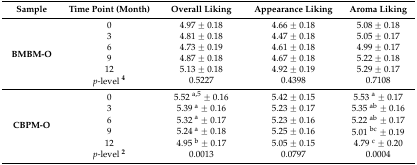
<table><thead><tr><td><b>Sample</b></td><td><b>Time Point (Month)</b></td><td><b>Overall Liking</b></td><td><b>Appearance Liking</b></td><td><b>Aroma Liking</b></td></tr></thead><tbody><tr><td rowspan="6"><b>BMBM-O</b></td><td>0</td><td>4.97 ± 0.18</td><td>4.66 ± 0.18</td><td>5.08 ± 0.18</td></tr><tr><td>3</td><td>4.81 ± 0.18</td><td>4.47 ± 0.18</td><td>5.05 ± 0.17</td></tr><tr><td>6</td><td>4.73 ± 0.19</td><td>4.61 ± 0.18</td><td>4.99 ± 0.17</td></tr><tr><td>9</td><td>4.87 ± 0.18</td><td>4.67 ± 0.18</td><td>5.22 ± 0.18</td></tr><tr><td>12</td><td>5.13 ± 0.18</td><td>4.92 ± 0.19</td><td>5.29 ± 0.17</td></tr><tr><td><i>p</i>-level <b><sup>4</sup></b></td><td>0.5227</td><td>0.4398</td><td>0.7108</td></tr><tr><td rowspan="6"><b>CBPM-O</b></td><td>0</td><td>5.52 <sup>a,5</sup> ± 0.16</td><td>5.42 ± 0.15</td><td>5.53 <sup>a</sup> ± 0.17</td></tr><tr><td>3</td><td>5.39 <sup>a</sup> ± 0.16</td><td>5.23 ± 0.17</td><td>5.35 <sup>ab</sup> ± 0.16</td></tr><tr><td>6</td><td>5.32 <sup>a</sup> ± 0.17</td><td>5.23 ± 0.16</td><td>5.22 <sup>ab</sup> ± 0.17</td></tr><tr><td>9</td><td>5.24 <sup>a</sup> ± 0.18</td><td>5.25 ± 0.16</td><td>5.01 <sup>bc</sup> ± 0.19</td></tr><tr><td>12</td><td>4.95 <sup>b</sup> ± 0.17</td><td>5.05 ± 0.15</td><td>4.79 <sup>c</sup> ± 0.20</td></tr><tr><td><i>p</i>-level <b><sup>2</sup></b></td><td>0.0013</td><td>0.0797</td><td>0.0004</td></tr></tbody></table>